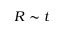
R \sim t